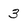
Character: 3